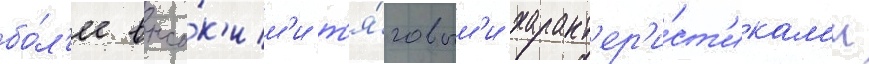
бо́л'ее высо́к'им'и т'я́говым'и характ'ер'и́ст'икам'и